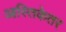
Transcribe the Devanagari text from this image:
आस्तिकेतर